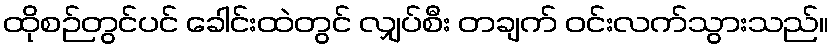
ထိုစဉ်တွင်ပင် ခေါင်းထဲတွင် လျှပ်စီး တချက် ဝင်းလက်သွားသည်။